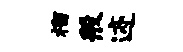
榴般迹